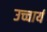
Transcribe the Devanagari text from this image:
उच्चार्य